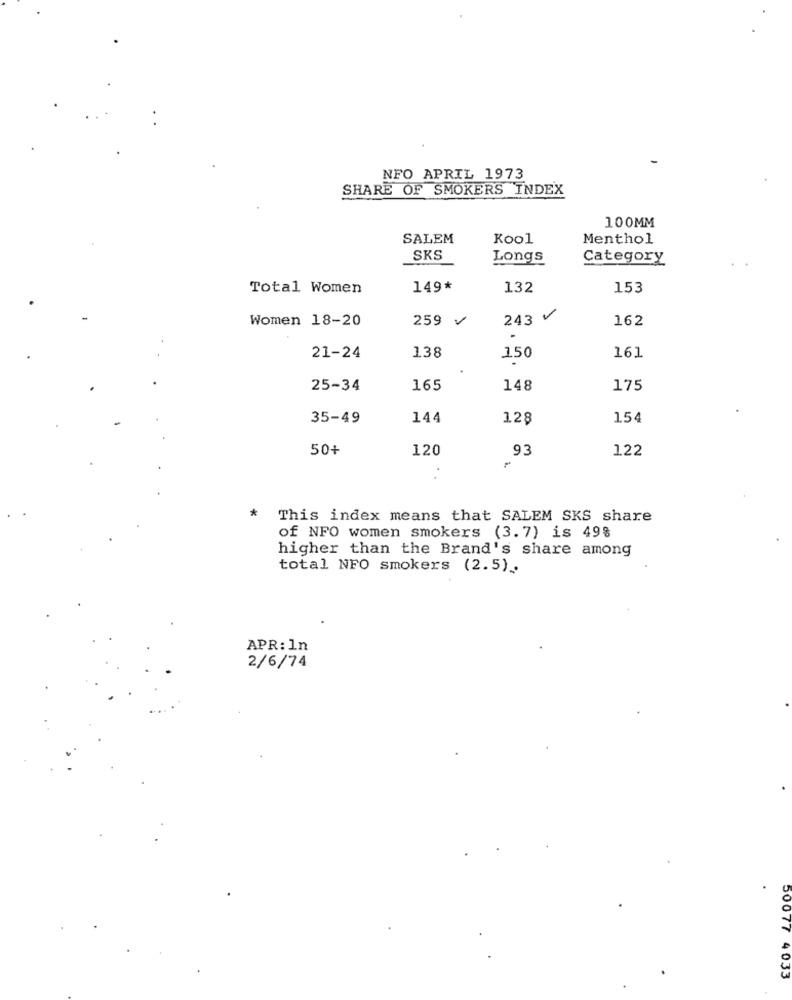
NFO APRIL 1973
SHARE OF SMOKERS INDEX
100MM
SALEM
Kool
Menthol
SKS
Longs
Category
Total Women
149*
132
153
Women 18-20
259 V
243 V
162
138
161
21-24
150
25-34
165
148
175
35-49
144
128
154
50+
120
93
122
* This index means that SALEM SKS share
of NFO women smokers (3.7) is 49%
higher than the Brand's share among
total NFO smokers (2.5) ..
APR: In
2/6/74
4 033